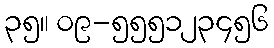
၃၅။ ၀၉-၅၅၅၁၂၃၄၅၆